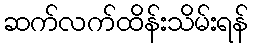
ဆက်လက်ထိန်းသိမ်းရန်